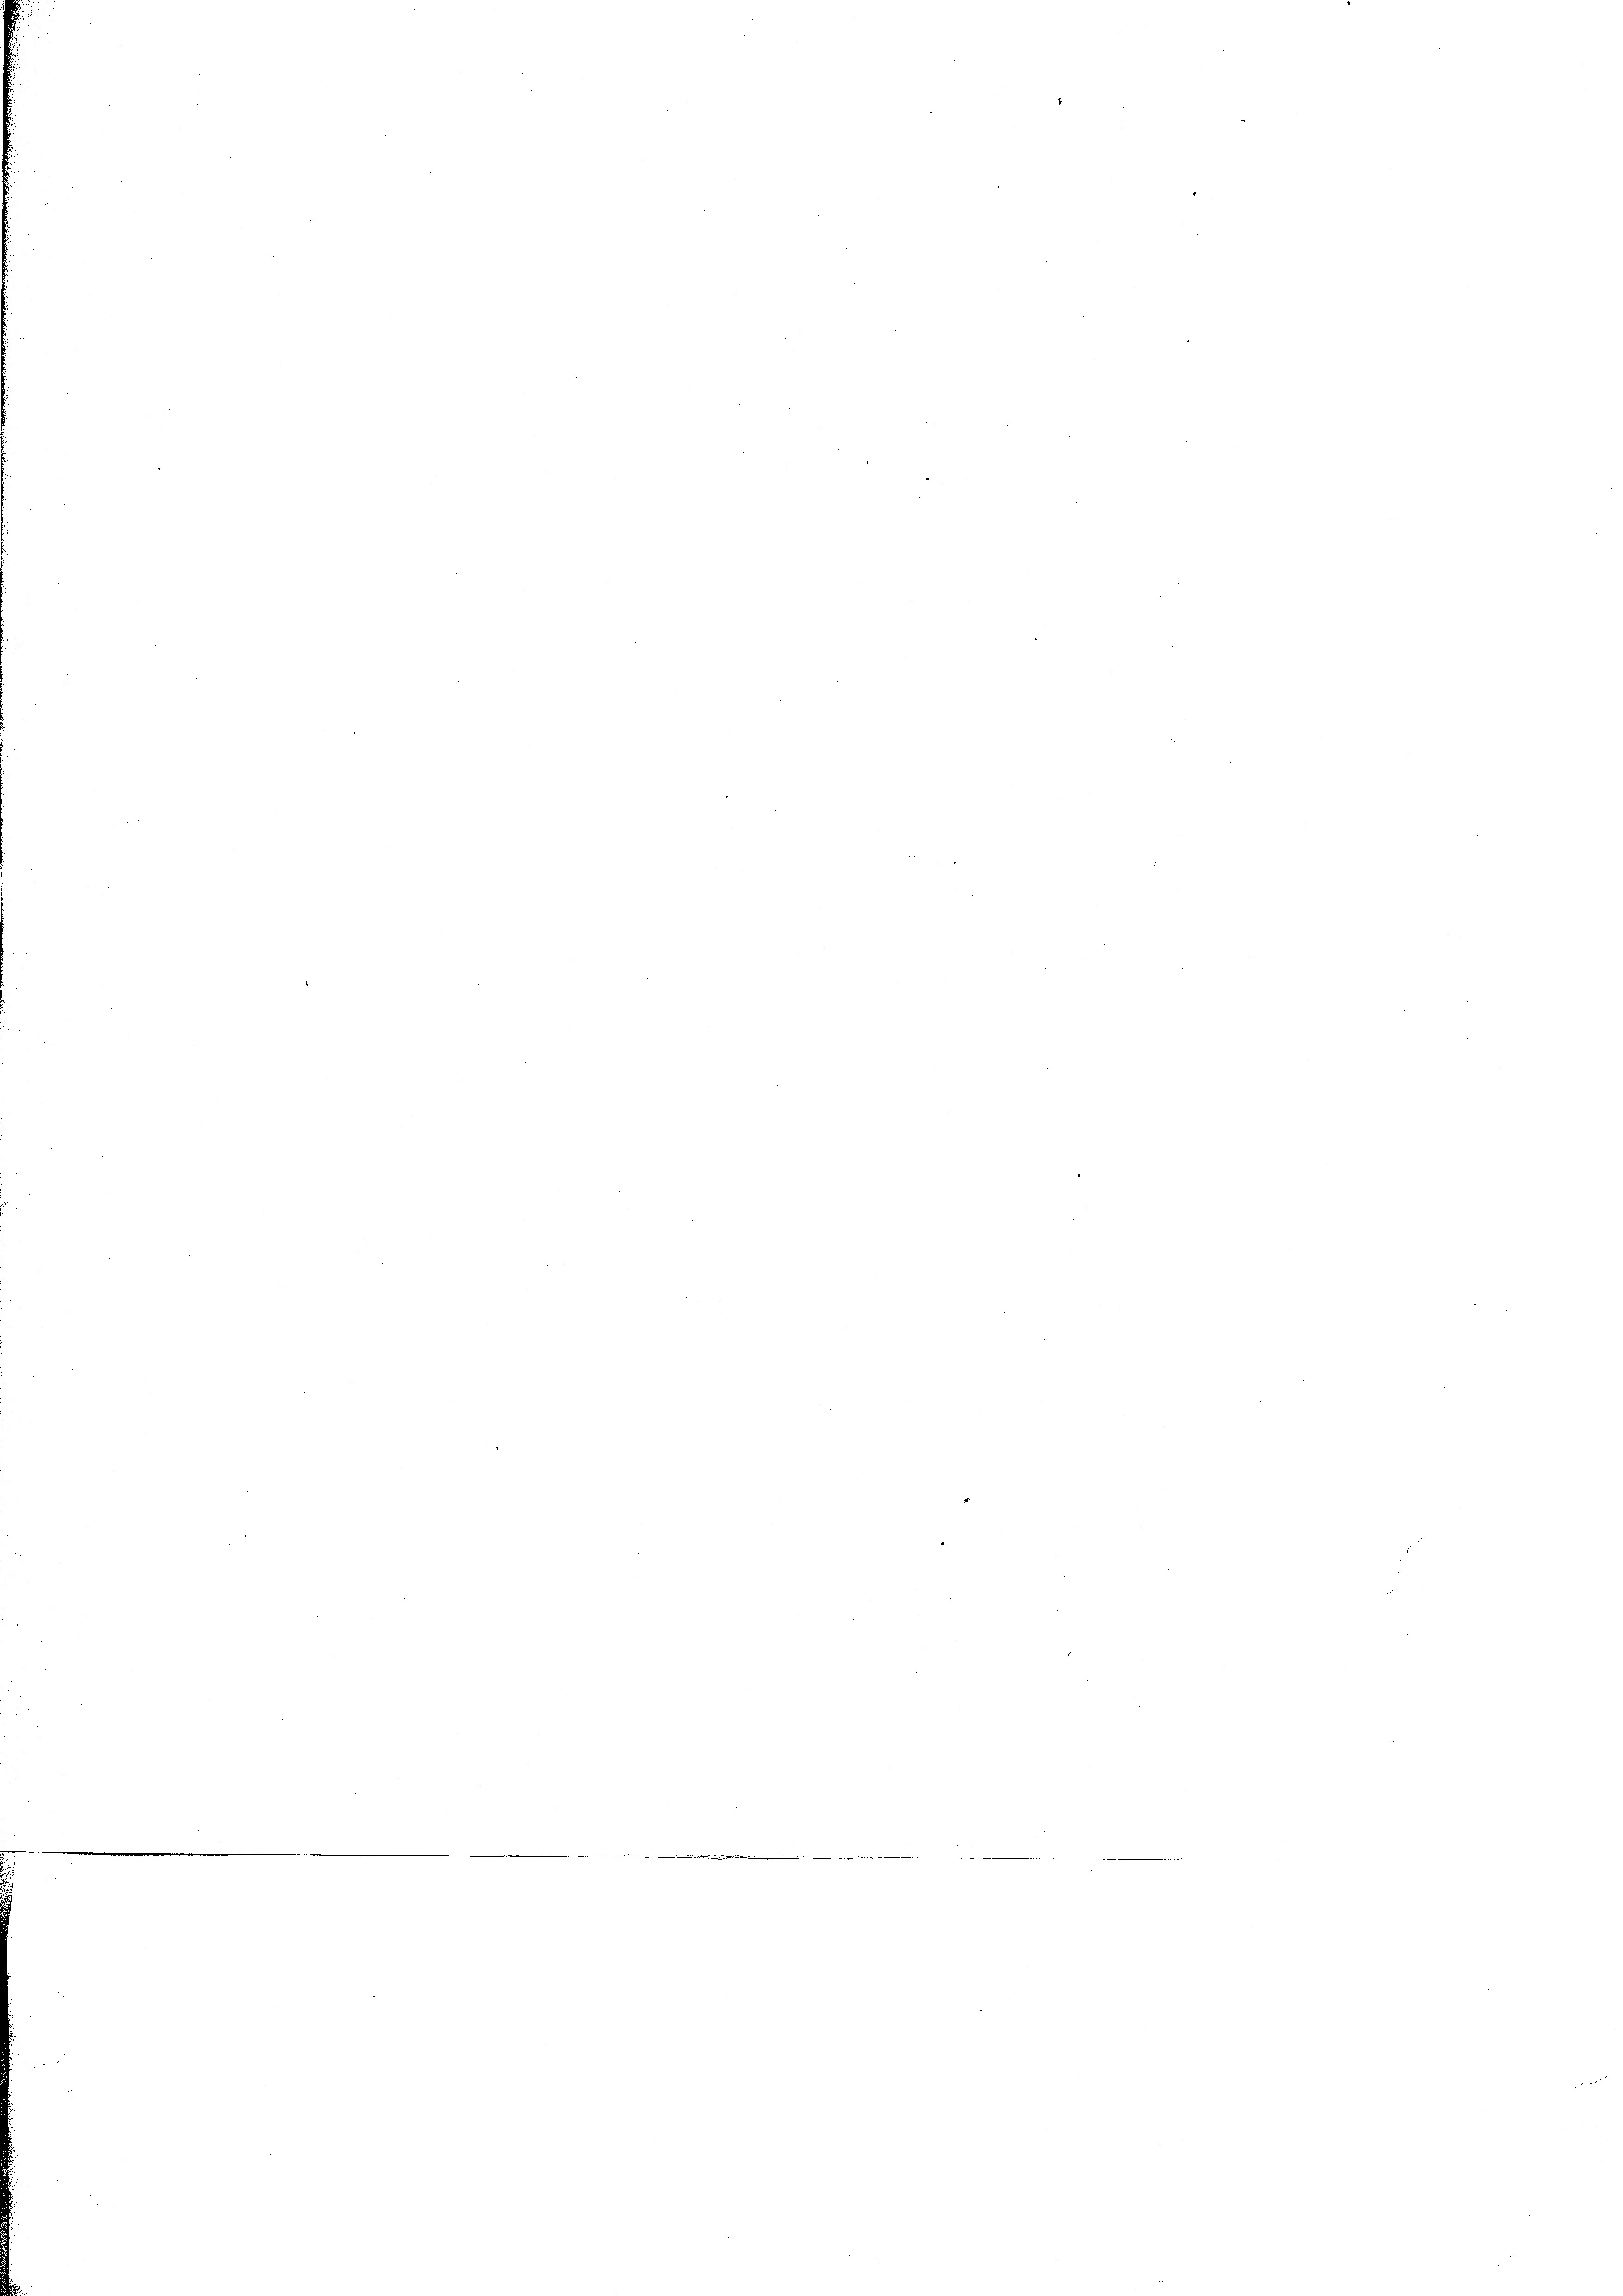
.

wider de de